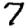
Digit: 7